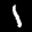
Label: 1